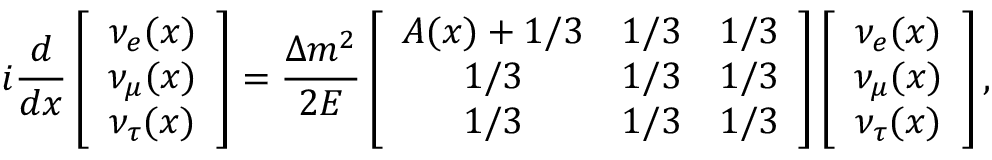
i { \frac { d } { d x } } \left[ \begin{array} { c } { { \nu _ { e } ( x ) } } \\ { { \nu _ { \mu } ( x ) } } \\ { { \nu _ { \tau } ( x ) } } \end{array} \right] = { \frac { \Delta m ^ { 2 } } { 2 E } } \left[ \begin{array} { c c c } { { A ( x ) + 1 / 3 } } & { { 1 / 3 } } & { { 1 / 3 } } \\ { { 1 / 3 } } & { { 1 / 3 } } & { { 1 / 3 } } \\ { { 1 / 3 } } & { { 1 / 3 } } & { { 1 / 3 } } \end{array} \right] \left[ \begin{array} { c } { { \nu _ { e } ( x ) } } \\ { { \nu _ { \mu } ( x ) } } \\ { { \nu _ { \tau } ( x ) } } \end{array} \right] ,